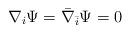
LaTeX: \begin{align*}\nabla_i \Psi = {\bar \nabla}_{\bar i} \Psi =0\end{align*}